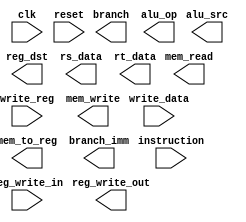
module instr_decode (

    input clk,
    input reset,

    input [31:0] instruction,
    input reg_write_in,             // not to be confused with reg_write_out
    input [31:0] write_data,
    input [4:0] write_reg,

    output reg_write_out,           // not to be confused with reg_write_in
    output mem_to_reg,
    output branch,                  // not to be confused with branch_imm
    output mem_write,
    output mem_read,
    output alu_src,
    output [1:0] alu_op,
    output reg_dst,

    output [31:0] branch_imm,        // not to be confused with branch
    output [31:0] rs_data,
    output [31:0] rt_data

);

    // Write your code below.

    // * Make sure that the register file is instantiated with the name "rf_main".

endmodule